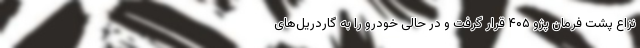
نزاع پشت فرمان پژو ۴۰۵ قرار گرفت و در حالی خودرو را به گاردریل‌های